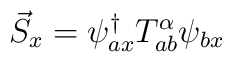
\vec{S}_{x}=\psi_{ax}^{\dagger}T_{ab}^{\alpha}\psi_{bx}